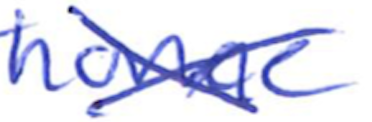
Text: home
Cross-out: cross
Writing tool: ballpoint